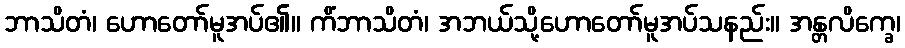
ဘာသိတံ၊ ဟောတော်မူအပ်၏။ ကိံဘာသိတံ၊ အဘယ်သို့ဟောတော်မူအပ်သနည်း။ အန္တလိက္ခေ၊